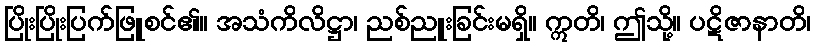
ပြိုးပြိုးပြက်ဖြူစင်၏။ အသံကိလိဋ္ဌာ၊ ညစ်ညူးခြင်းမရှိ။ ဣတိ၊ ဤသို့။ ပဋိဇာနာတိ၊